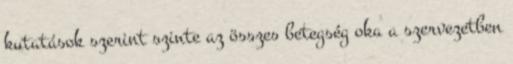
kutatások szerint szinte az összes betegség oka a szervezetben